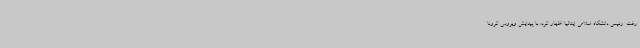
رفت. رئیس دانشگاه اسلامی ایتالیا اظهار کرد: با پیدایش ویروس کرونا